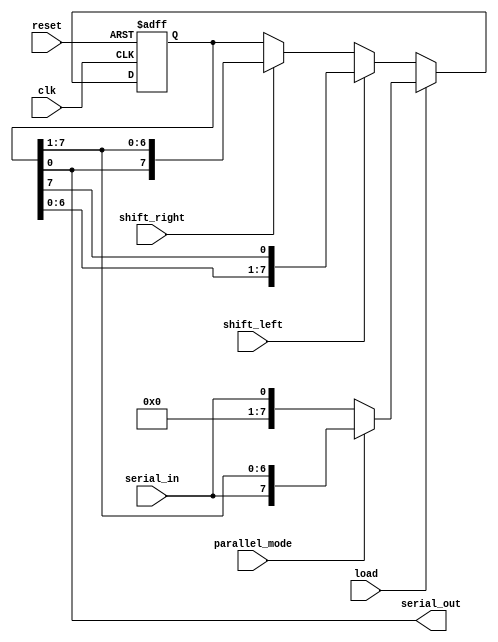
module UniversalShiftRegister (
    input wire clk,
    input wire reset,
    input wire shift_left,
    input wire shift_right,
    input wire load,
    input wire parallel_mode,
    input wire serial_in,
    output reg serial_out
);

reg [7:0] data;

always @(posedge clk or posedge reset) begin
    if (reset) begin
        data <= 8'b0;
    end else begin
        if (load) begin
            if (parallel_mode) begin
                data <= {serial_in, data[7:1]};
            end else begin
                data <= serial_in;
            end
        end else begin
            if (shift_left) begin
                data <= {data[6:0], data[7]};
            end else if (shift_right) begin
                data <= {data[0], data[7:1]};
            end
        end
    end
end

assign serial_out = data[0];

endmodule